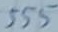
Text: 555